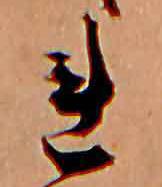
れ